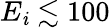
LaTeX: E_{\mathit{i}}\lesssim100